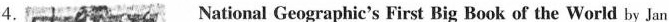
4. National Geographic's First Big Book of the World by Jan